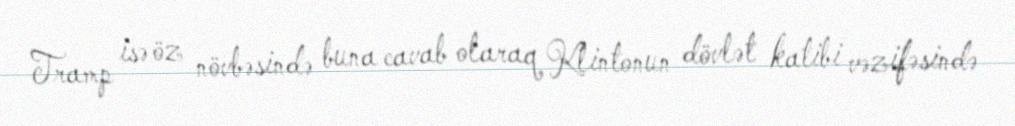
Tramp isə öz növbəsində buna cavab olaraq Klintonun dövlət katibi vəzifəsində